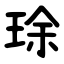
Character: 㻌